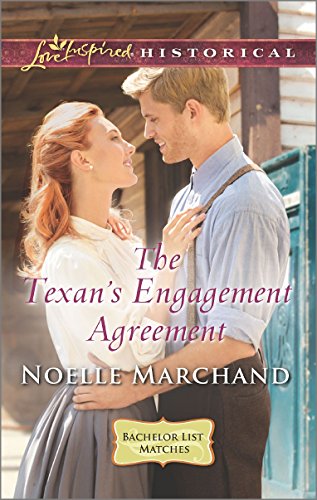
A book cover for The Texan's Engagement Agreement (Bachelor List Matches); Noelle Marchand; Romance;